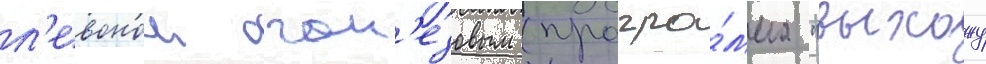
л'евоном оган'езовым (програ́мма "выхожу